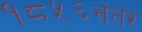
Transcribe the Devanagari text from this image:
१८५६नंतर